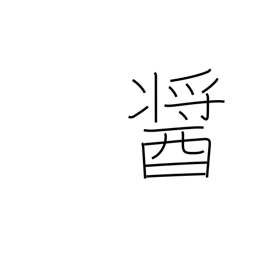
Meaning: a kind of miso